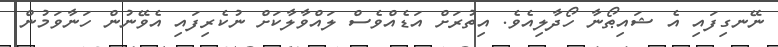
ނޭނގިފައި އެ ޝައިޠޯނާ ހޯދާލިއެވެ. އިތުރަށް އަޑެއްވެސް ލައްވާލާކަށް ނުކެރިފައި އެވޭނުން ހަނާވަމުން